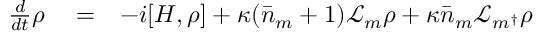
\begin{array} { r l r } { \frac { d } { d t } \rho } & { { } = } & { - i [ H , \rho ] + \kappa ( \bar { n } _ { m } + 1 ) \mathcal { L } _ { m } \rho + \kappa \bar { n } _ { m } \mathcal { L } _ { m ^ { \dagger } } \rho } \end{array}